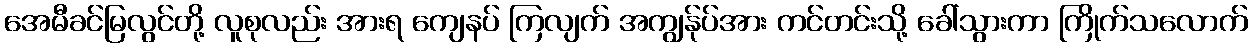
အေမီခင်မြလွင်တို့ လူစုလည်း အားရ ကျေနပ် ကြလျက် အကျွန်ုပ်အား ကင်တင်းသို့ ခေါ်သွားကာ ကြိုက်သလောက်